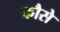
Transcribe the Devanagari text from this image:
कौसे